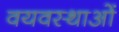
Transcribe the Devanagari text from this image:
वयवस्थाओं